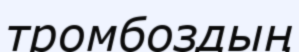
тромбоздың